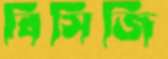
বিসিজি